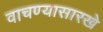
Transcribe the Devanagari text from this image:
वाचण्यासारखे